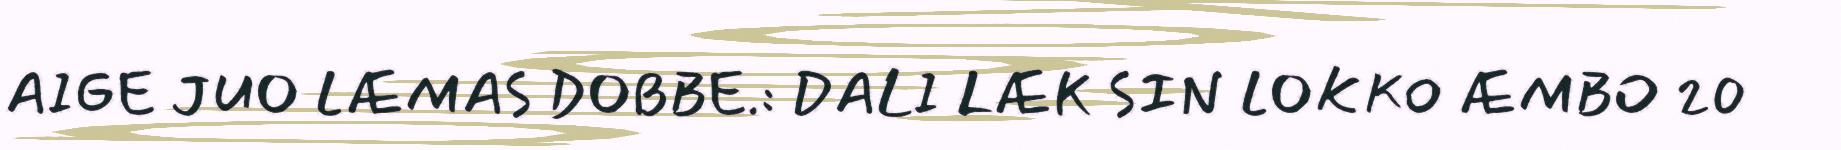
AIGE JUO LÆMAS DOBBE.: DALI LÆK SIN LOKKO ÆMBO 20